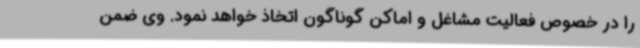
را در خصوص فعالیت مشاغل و اماکن گوناگون اتخاذ خواهد نمود. وی ضمن